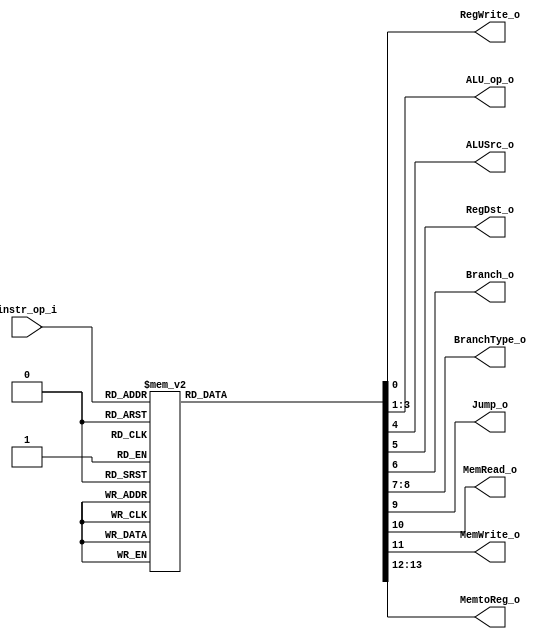
//Subject:     CO project 2 - Decoder
//--------------------------------------------------------------------------------
//Version:     1
//--------------------------------------------------------------------------------
//Writer:      
//----------------------------------------------
//Date:        
//----------------------------------------------
//Description: 
//--------------------------------------------------------------------------------
//0316044_0316225
module Decoder(
   instr_op_i,
	RegWrite_o,
	ALU_op_o,
	ALUSrc_o,
	RegDst_o,
	Branch_o,
	BranchType_o, // not set yet
	Jump_o,
	MemRead_o,
	MemWrite_o,
	MemtoReg_o
	);
     
//I/O ports
input  [6-1:0] instr_op_i;
output         RegWrite_o;
output [3-1:0] ALU_op_o;
output         ALUSrc_o;
output         RegDst_o;
output         Branch_o;
output [1:0]   BranchType_o;
output			Jump_o;
output			MemRead_o;
output			MemWrite_o;
output [1:0]	MemtoReg_o;
//Internal Signals
reg            RegWrite_o;
reg    [3-1:0] ALU_op_o;
reg            ALUSrc_o;
reg            RegDst_o;
reg            Branch_o;
reg	[1:0]    BranchType_o;
///
reg				Jump_o;// when Jump=1, j instruction
reg				MemRead_o;
reg				MemWrite_o;
reg	[1:0]		MemtoReg_o;
//Parameters


//Main function
always @(*) begin
    case (instr_op_i)
		  6'b100011: begin // lw
				RegWrite_o = 1;
				ALU_op_o = 3'd0;//+
            ALUSrc_o = 1;
            RegDst_o = 0;
            Branch_o = 0;
				BranchType_o = 2'bxx;
				Jump_o = 0;
				MemRead_o = 1;
				MemWrite_o = 0;
				MemtoReg_o = 2'd1;
		  end
		  6'b101011: begin // sw
				RegWrite_o = 0;
				ALU_op_o = 3'd0;//+
            ALUSrc_o = 1;
            RegDst_o = 1'bx;
            Branch_o = 0;
				BranchType_o = 2'bxx;
				Jump_o = 0;
				MemRead_o = 0;
				MemWrite_o = 1;
				MemtoReg_o = 2'bxx;
		  end
		  6'b000010: begin // jump
				RegWrite_o = 0;
				ALU_op_o = 3'bxxx; //?
            ALUSrc_o = 1'bx;
            RegDst_o = 1'bx;
            Branch_o = 0;
				BranchType_o = 2'bxx;
				Jump_o = 1;
				MemRead_o = 0;
				MemWrite_o = 0;
				MemtoReg_o = 2'bxx;
		  end
		  //since li can be replaced by addi, 3to1 MUX is no need
		  6'd15: begin // li(load immediate), can replace with addi
            RegWrite_o = 1;            
				ALU_op_o = 3'b000;
            ALUSrc_o = 1;
            RegDst_o = 0;
            Branch_o = 0;
				BranchType_o = 2'bxx;
				Jump_o = 0;
				MemRead_o = 0;
				MemWrite_o = 0;
				MemtoReg_o = 2'b00;
        end
		  6'd6: begin // ble <=
            RegWrite_o = 0;
				ALU_op_o = 3'b001;
            ALUSrc_o = 0;
            RegDst_o = 1'bx; 
            Branch_o = 1;
				BranchType_o = 2'd2;
				Jump_o = 0;
				MemRead_o = 0;
				MemWrite_o = 0;
				MemtoReg_o = 2'bxx; 
        end
		  6'd1: begin // bltz <
            RegWrite_o = 0;
				ALU_op_o = 3'b001;
            ALUSrc_o = 0;
            RegDst_o = 1'bx; 
            Branch_o = 1;
				BranchType_o = 2'd3;
				Jump_o = 0;
				MemRead_o = 0;
				MemWrite_o = 0;
				MemtoReg_o = 2'bxx; 
        end
//=================================
		  6'd4: begin // beq == 
            RegWrite_o = 0;
				ALU_op_o = 3'b001;
            ALUSrc_o = 0;
            RegDst_o = 1'bx; 
            Branch_o = 1;
				BranchType_o = 2'd0;
				Jump_o = 0;
				MemRead_o = 0;
				MemWrite_o = 0;
				MemtoReg_o = 2'bxx; 
        end
        6'd5: begin // bne !=
            RegWrite_o = 0;
            ALU_op_o = 3'b001;//011;
            ALUSrc_o = 0;
            RegDst_o = 1'bx;
            Branch_o = 1;
				BranchType_o = 2'd1;
				Jump_o = 0;
				MemRead_o = 0;
				MemWrite_o = 0;
				MemtoReg_o = 2'bxx; 
        end
//====================================
        6'd0: begin // R-type
            RegWrite_o = 1;
				ALU_op_o = 3'b010;
            ALUSrc_o = 0;
            RegDst_o = 1;
            Branch_o = 0;
				BranchType_o = 2'bxx;
				Jump_o = 0;
				MemRead_o = 0;
				MemWrite_o = 0;
				MemtoReg_o = 2'b00;
        end
        6'd8: begin // addi
            RegWrite_o = 1;            
				ALU_op_o = 3'b000;
            ALUSrc_o = 1;
            RegDst_o = 0;
            Branch_o = 0;
				BranchType_o = 2'bxx;
				Jump_o = 0;
				MemRead_o = 0;
				MemWrite_o = 0;
				MemtoReg_o = 2'b00;
        end
		  6'd9: begin // sltiu
            RegWrite_o = 1;           
				ALU_op_o = 3'b111;
            ALUSrc_o = 1;
            RegDst_o = 0;
            Branch_o = 0;
				BranchType_o = 2'bxx;
				Jump_o = 0;
				MemRead_o = 0;
				MemWrite_o = 0;
				MemtoReg_o = 2'b00;
        end
        6'd10: begin // slti 
            RegWrite_o = 1;           
				ALU_op_o = 3'b100;
            ALUSrc_o = 1;
            RegDst_o = 0;
            Branch_o = 0;
				BranchType_o = 2'bxx;
				Jump_o = 0;
				MemRead_o = 0;
				MemWrite_o = 0;
				MemtoReg_o = 2'b00;
        end
        6'd15: begin // lui
            RegWrite_o = 1;
				ALU_op_o = 3'b101;
            ALUSrc_o = 1;
            RegDst_o = 0;
            Branch_o = 0;
				BranchType_o = 2'bxx;
				Jump_o = 0;
				MemRead_o = 0;
				MemWrite_o = 0;
				MemtoReg_o = 2'b00;
        end
        6'd13: begin // ori
            RegWrite_o = 1;
				ALU_op_o = 3'b110;
            ALUSrc_o = 1;
            RegDst_o = 0;
            Branch_o = 0;
				BranchType_o = 2'bxx;
				Jump_o = 0;
				MemRead_o = 0;
				MemWrite_o = 0;
				MemtoReg_o = 2'b00;
        end
        default: begin
            RegWrite_o = 1'bx;
				ALU_op_o = 3'bxxx;
            ALUSrc_o = 1'bx;
            RegDst_o = 1'bx;
            Branch_o = 1'bx;
				BranchType_o = 2'bxx;
				Jump_o = 1'bx;
				MemRead_o = 1'bx;
				MemWrite_o = 1'bx;
				MemtoReg_o = 2'bxx;
        end
    endcase
end
endmodule